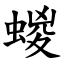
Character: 蝬